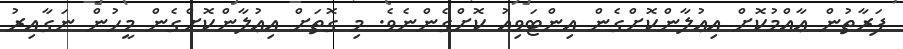
ފަރާތުން ޢާއްމުކޮށް އިޢުލާންކޮށްގެން އިންޓަވިއު ކޮށްގެންނެވެ. މި ގޮތަށް އިޢުލާންކޮށްގެން މީހުން ނަގާއިރު